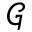
\mathcal { G }